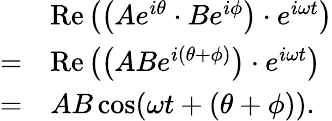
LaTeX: {\begin{array}{rl}&{\operatorname{Re}\left(\left(Ae^{i\theta}\cdot Be^{i\phi}\right)\cdot e^{i\omega t}\right)}\\ {=}&{\operatorname{Re}\left(\left(ABe^{i(\theta+\phi)}\right)\cdot e^{i\omega t}\right)}\\ {=}&{AB\cos(\omega t+(\theta+\phi)).}\end{array}}